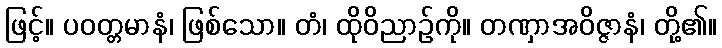
ဖြင့်။ ပဝတ္တမာနံ၊ ဖြစ်သော။ တံ၊ ထိုဝိညာဉ်ကို။ တဏှာအဝိဇ္ဇာနံ၊ တို့၏။